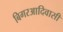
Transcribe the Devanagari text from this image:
बिगरआदिवासी